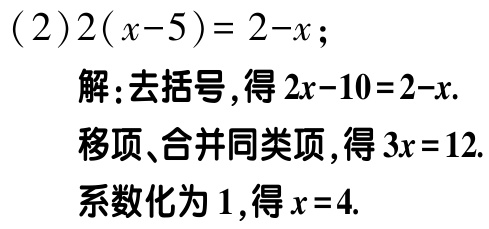
(2)\(2(x - 5)=2 - x\);

解:去括号,得\(2x - 10 = 2 - x\).

移项、合并同类项,得\(3x = 12\).

系数化为\(1\),得\(x = 4\).